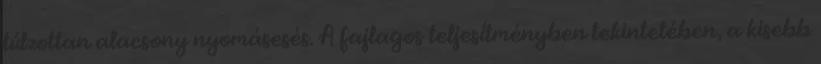
túlzottan alacsony nyomásesés. A fajlagos teljesítményben tekintetében, a kisebb